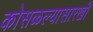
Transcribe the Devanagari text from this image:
कोसळल्यासारखी